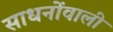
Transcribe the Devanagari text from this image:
साधनोंवाली